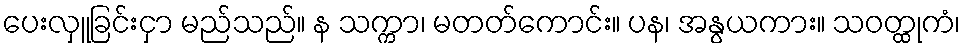
ပေးလှူခြင်းငှာ မည်သည်။ န သက္ကာ၊ မတတ်ကောင်း။ ပန၊ အနွယကား။ သဝတ္ထုကံ၊